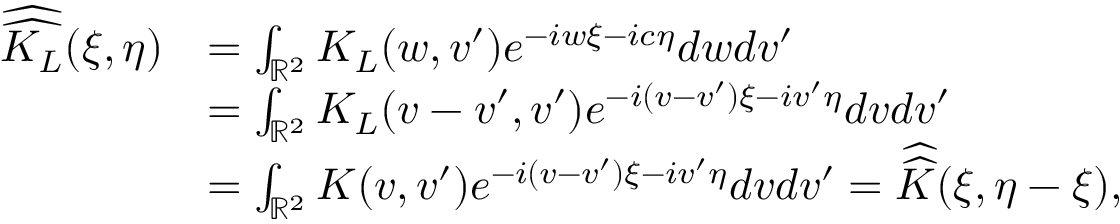
\begin{array} { r l } { \widehat { \widehat { K _ { L } } } ( \xi , \eta ) } & { = \int _ { \mathbb R ^ { 2 } } K _ { L } ( w , v ^ { \prime } ) e ^ { - i w \xi - i c \eta } d w d v ^ { \prime } } \\ & { = \int _ { \mathbb R ^ { 2 } } K _ { L } ( v - v ^ { \prime } , v ^ { \prime } ) e ^ { - i ( v - v ^ { \prime } ) \xi - i v ^ { \prime } \eta } d v d v ^ { \prime } } \\ & { = \int _ { \mathbb R ^ { 2 } } K ( v , v ^ { \prime } ) e ^ { - i ( v - v ^ { \prime } ) \xi - i v ^ { \prime } \eta } d v d v ^ { \prime } = \widehat { \widehat { K } } ( \xi , \eta - \xi ) , } \end{array}